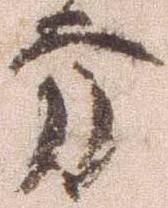
方